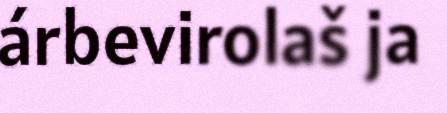
árbevirolaš ja